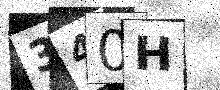
Text: 340H